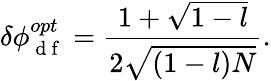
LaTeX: \delta\phi_{\mathrm{~d~f~}}^{opt}=\frac{1+\sqrt{1-l}}{2\sqrt{(1-l)N}}.